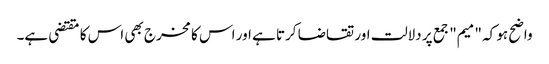
واضح ہو کہ "میم" جمع پر دلالت اور تقاضا کرتا ہے اور اس کا مخرج بھی اس کا مقتضی ہے۔